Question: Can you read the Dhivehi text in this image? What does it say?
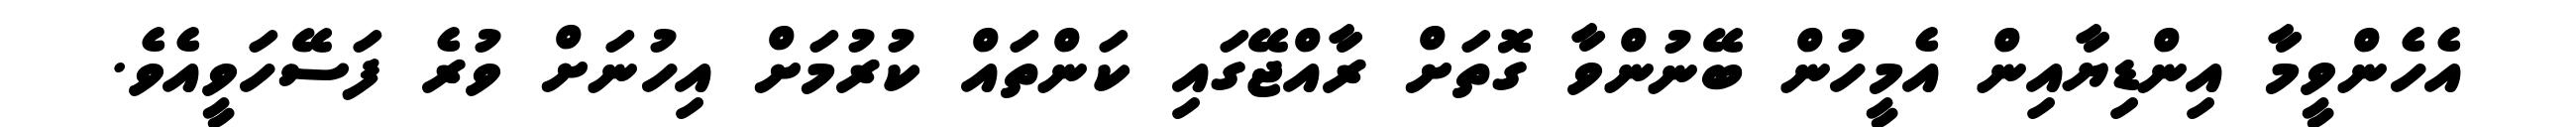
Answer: އެހެންވީމާ އިންޑިޔާއިން އެމީހުން ބޭނުންވާ ގޮތަށް ރާއްޖޭގައި ކަންތައް ކުރުމަށް އިހުނަށް ވުރެ ފަސޭހަވީއެވެ.